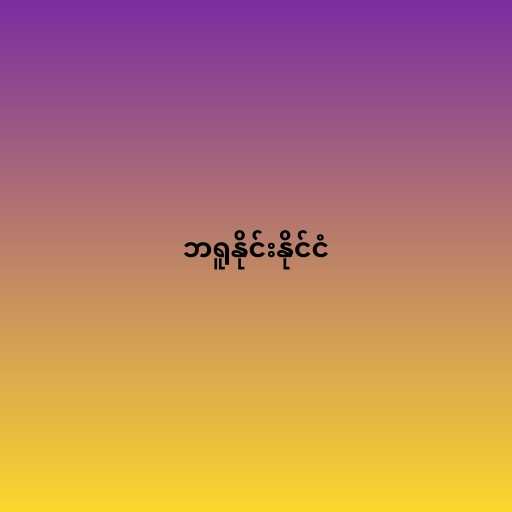
ဘရူနိုင်းနိုင်ငံ